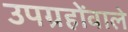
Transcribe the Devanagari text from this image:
उपग्रहोंवाले